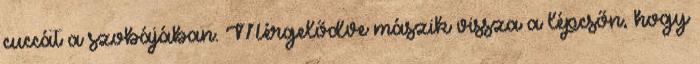
cuccát a szobájában. Mérgelődve mászik vissza a lépcsőn, hogy